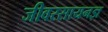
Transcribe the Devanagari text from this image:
जीवरसायनज्ञ